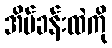
အိပ်ခန်းထဲကို